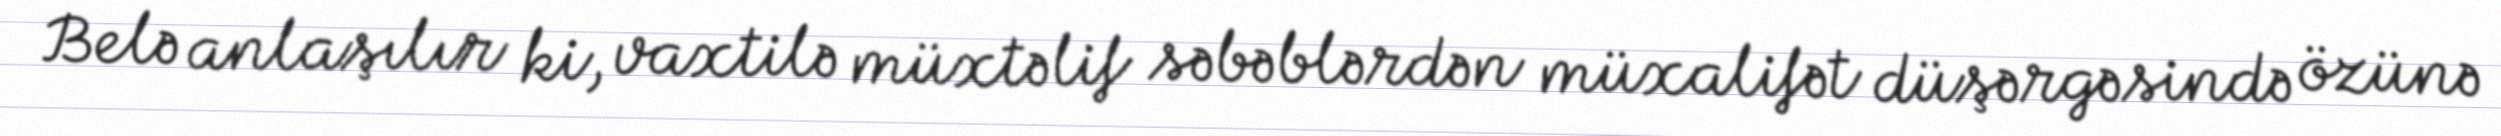
Belə anlaşılır ki, vaxtilə müxtəlif səbəblərdən müxalifət düşərgəsində özünə